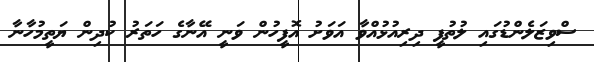
ސްވިޒަލެންޑުގައި ލުތުފީ ދިރިއުޅުއްވާ އަވަށު އޮފީހުން ވަނީ އޭނާގެ ހަތަރު ކުދިން ޔަތީމުހާނާ